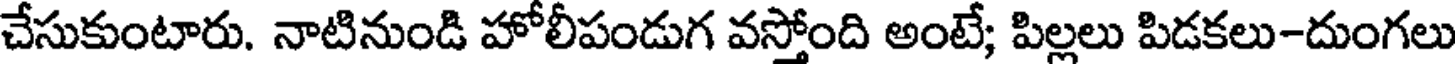
చేసుకుంటారు. నాటినుండి హోలీపండుగ వస్తోంది అంటే; పిల్లలు పిడకలు-దుంగలు